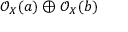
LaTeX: { \mathcal { O } } _ { X } ( a ) \oplus { \mathcal { O } } _ { X } ( b )